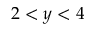
2 < y < 4